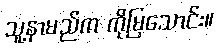
သူ့နာမည်က ကိုမြသောင်း။